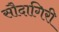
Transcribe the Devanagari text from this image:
सौदागिरी